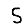
Digit: 5